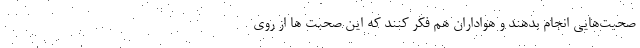
صحبت‌هایی انجام بدهند و هواداران هم فکر کنند که این صحبت ها از روی